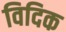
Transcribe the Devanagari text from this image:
विदिक